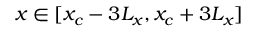
x \in [ x _ { c } - 3 L _ { x } , x _ { c } + 3 L _ { x } ]